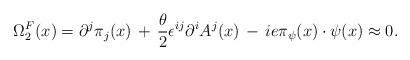
LaTeX: \begin{align*}\Omega^{F}_{2}(x)=\partial^j\pi_j(x)\,+\,\frac{\theta}{2}\epsilon^{ij}\partial^{i} A^{j}(x)\,-\,ie\pi_{\psi}(x) \cdot \psi(x)\approx 0.\end{align*}